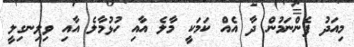
މިއަދު ފެންނަމުން ދާ އެއް ކަމަކީ މާލެ އާއި ހުޅުމާލެ އާއި ވިލިނގިލީ